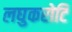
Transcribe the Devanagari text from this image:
लघुकरोटि